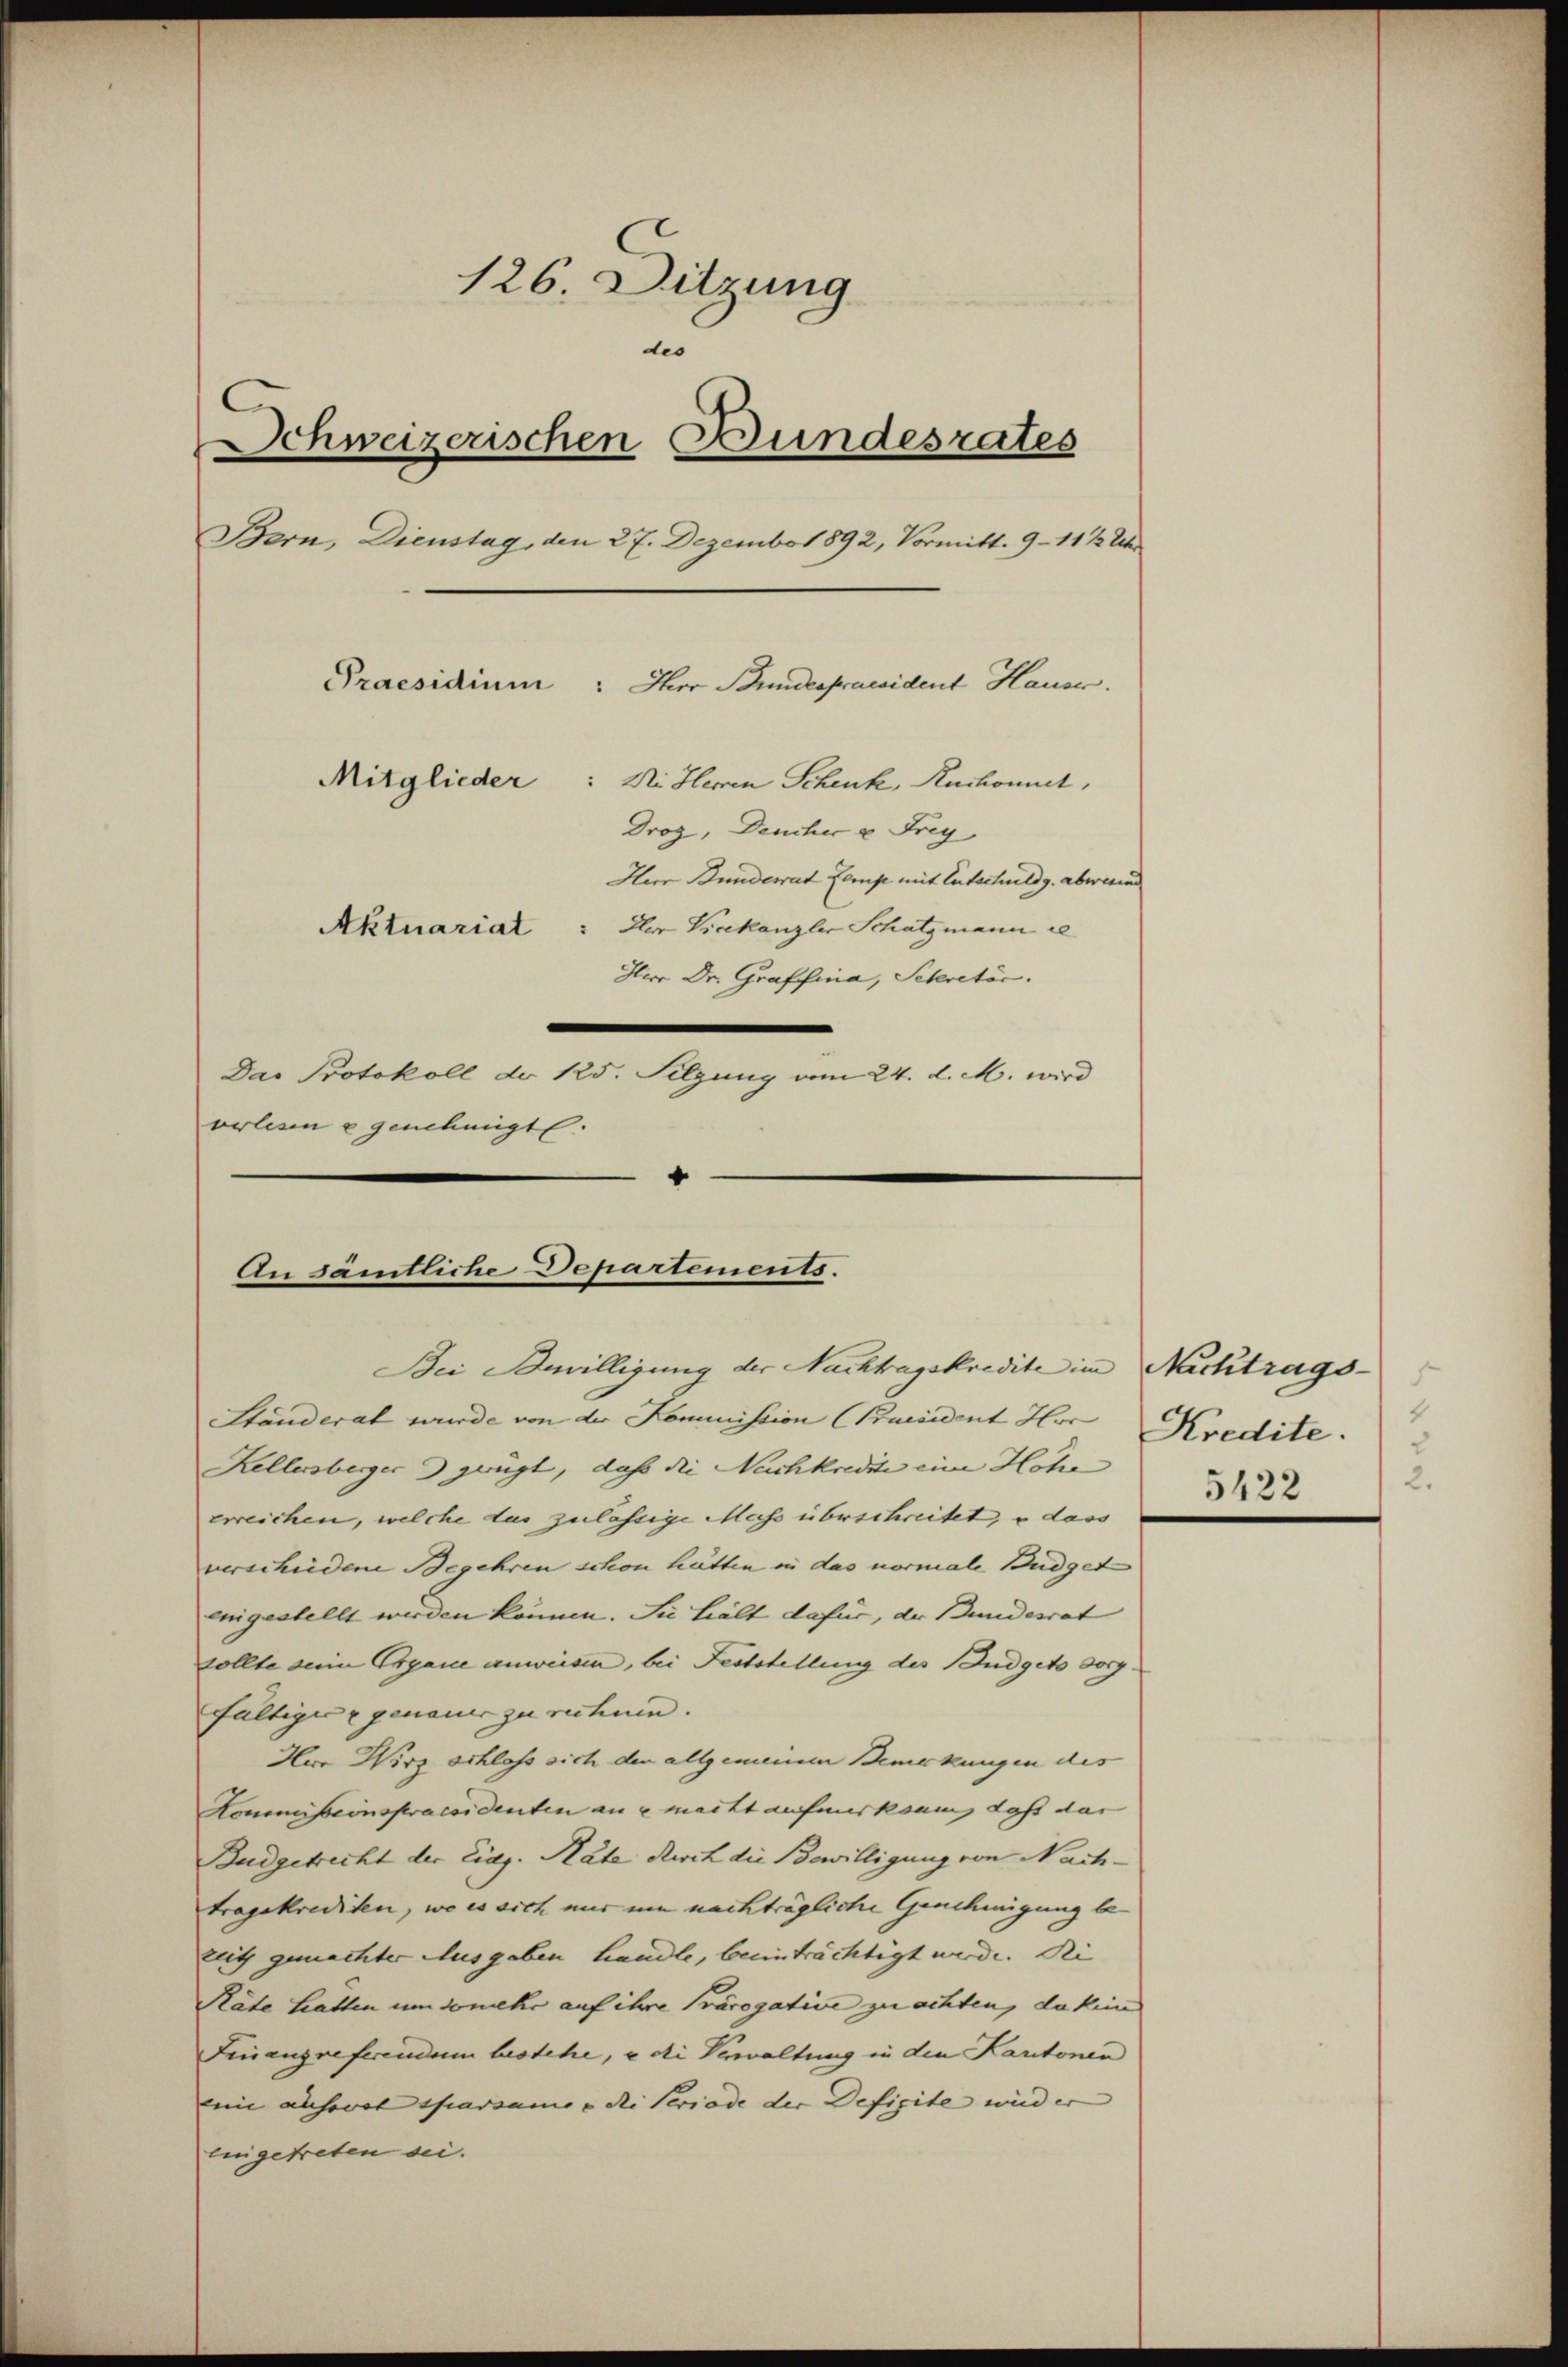
126. Sitzung
des
Schweizerischen Bundesrates
Bern, Dienstag, den 27. Dezember 1892, Vormitt. 9 - 112 Uh
Praesidium: Ihre Bundespraesident Hause.
Mitglieder: Die Herren Schenk, Ruchont,
Droz, Deucher u Frey
Herr Bunderat Camp mit Entschuldg. abwend
Der Vicekanzler Schatzmann e
Aktuariat
Herr Dr. Graffina, Sekretär.
Das Protokoll de 125. Silzung vom 24. d. M. wird
verlesen u genehmigt.

“
An sämtliche Departements.
Bei Bewilligung der Nachtragskredite im Nachtrags-

Standerat wurde von der Kommission (Praesident Hor
Kellensberger gerügt, daß die Nachkredite eine Höhe
erreichen, welche das zulässige Mass überschreitet, u dass
verschiedene Begehren schon hätten in das normale Budget
einigestellt werden können. Sie hielt dafür, der Bundesrat
sollte seine Organe anweisen, bei Feststellung des Budgets vorg
fältiger genauer zu rechnen.
Hur Wirz schlass sich den allgemeinen Bemerkungen des
Kommissionspracoidenten an u macht aufmerksam, Last dar
Budgetrecht der Eidg. Rate durch die Bewilligung von Nachtragskrediten, wo es sich nur um nachträgliche Genehmigung bereits gemachter Ausgaben handle, beeinträchtigt werde. Die
Räte hatten umsomehr auf ihre Präcogative zu achten, da kein
Finanzreferendum bestehe, e di Verwaltung in den Kantonen
eine ausovot sparsame u. die Periode der Defizite wird er
eingetreten sei.

Kredite.
2.
5422